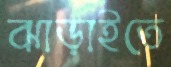
ঝাড়াইতে